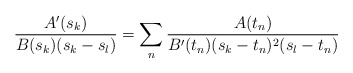
\begin{align*}\frac{A'(s_k)}{B(s_k)(s_k-s_l)}=\sum_n\frac{A(t_n)}{B'(t_n)(s_k-t_n)^2(s_l-t_n)}\end{align*}